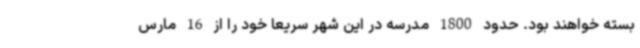
بسته خواهند بود. حدود 1800 مدرسه در این شهر سریعاً خود را از 16 مارس